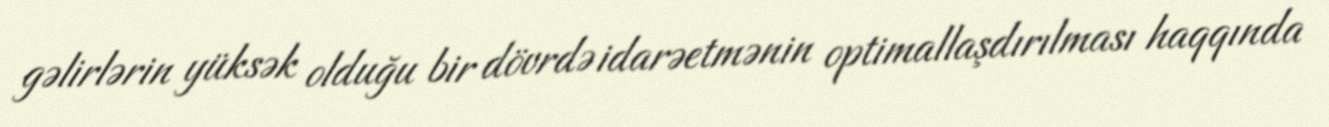
gəlirlərin yüksək olduğu bir dövrdə idarəetmənin optimallaşdırılması haqqında